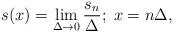
LaTeX: \begin{align*}s(x)= \lim_{\Delta \rightarrow 0} \frac{s_n}{\Delta}; \; x=n \Delta,\end{align*}